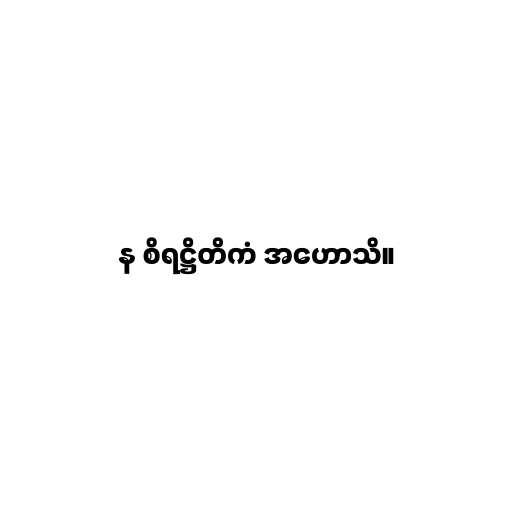
န စိရဋ္ဌိတိကံ အဟောသိ။